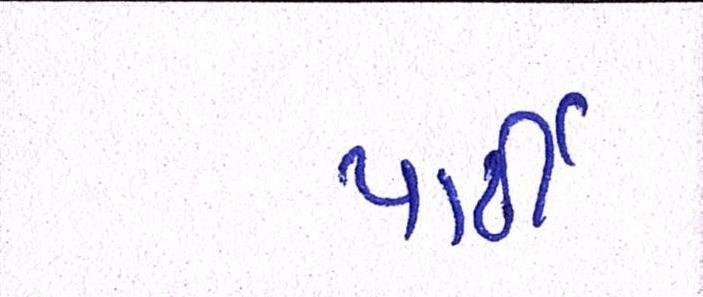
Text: પાર્ટી